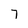
Character: 7